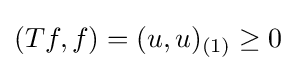
(Tf,f)=(u,u)_{(1)}\geq 0